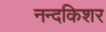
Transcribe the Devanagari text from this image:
नन्दकिशर